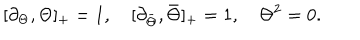
LaTeX: [ \partial _ { \Theta } , \Theta ] _ { + } = 1 , \quad [ \partial _ { \bar { \Theta } } , \bar { \Theta } ] _ { + } = 1 , \quad \Theta ^ { 2 } = 0 .